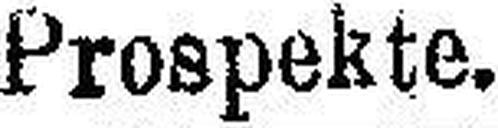
Prospekte.